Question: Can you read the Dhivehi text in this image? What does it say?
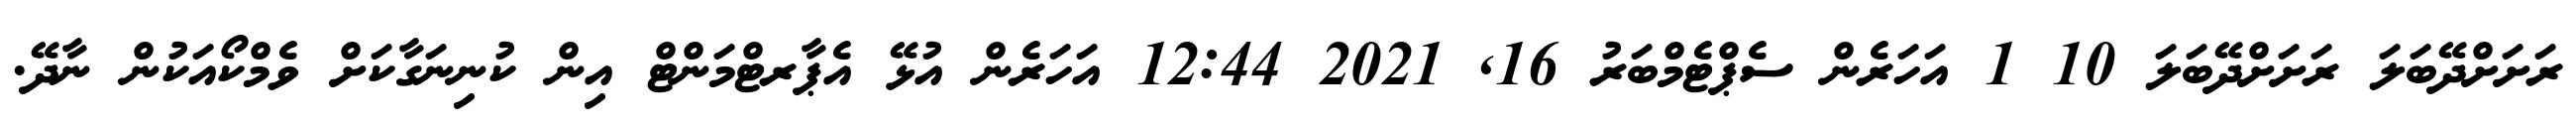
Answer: ރަށަށްދޭބަލަ ރަށަށްދޭބަލަ 10 1 އަހަރެން ސެޕްޓެމްބަރު 16, 2021 12:44 އަހަރެން އުޅޭ އެޕާރޓްމަންޓް އިން ކުނިނަގާކަށް ވެމްކޯއަކުން ނާދޭ.